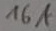
Text: 16A